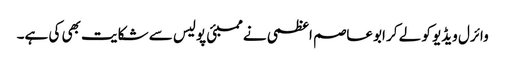
وائرل ویڈیو کو لے کر ابوعاصم اعظمی نے ممبئی پولیس سے شکایت بھی کی ہے۔